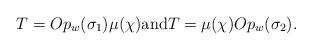
LaTeX: \begin{align*}T=Op_w(\sigma_1)\mu(\chi)\mbox{and}T=\mu(\chi)Op_w(\sigma_2).\end{align*}